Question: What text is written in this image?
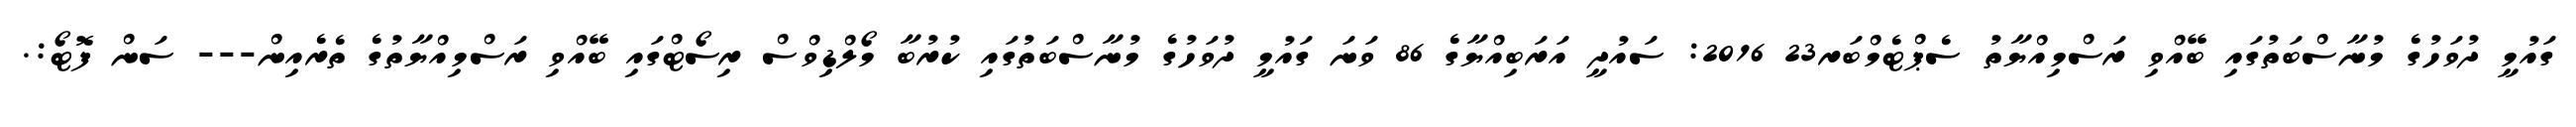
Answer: ގައުމީ ދުވަހުގެ މުނާސްބަތުގައި ބޭއްވި ރަސްމިއްޔާތު ސެޕްޓެމްބަރ23 2016: ސައުދީ އަރަބިއްޔާގެ 86 ވަނަ ގައުމީ ދުވަހުގެ މުނާސްބަތުގައި ކުރުބާ މޯލްޑިވްސް ރިސޯޓްގައި ބޭއްވި ރަސްމިއްޔާތުގެ ތެރެއިން--- ސަން ފޮޓޯ:.